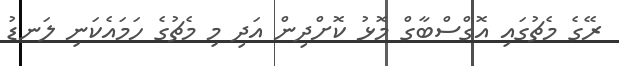
ރޭގެ މެޗުގައި އޮގްސްބާގް މޮޅު ކޮށްދިން އަދި މި މެޗުގެ ހަމައެކަނި ލަނޑު